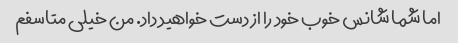
اما شما شانس خوب خود را از دست خواهید داد. من خیلی متاسفم